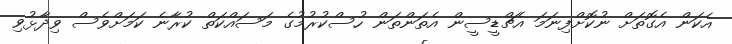
އެކަން އެގޮތަށް ނުކޮށްފިނަމަ އެޗްޑީސީން އެތަންތަން ހުސްކުރުމުގެ މަސައްކަތް ކުރާނެ ކަމަށްވެސް ވިދާޅުވި